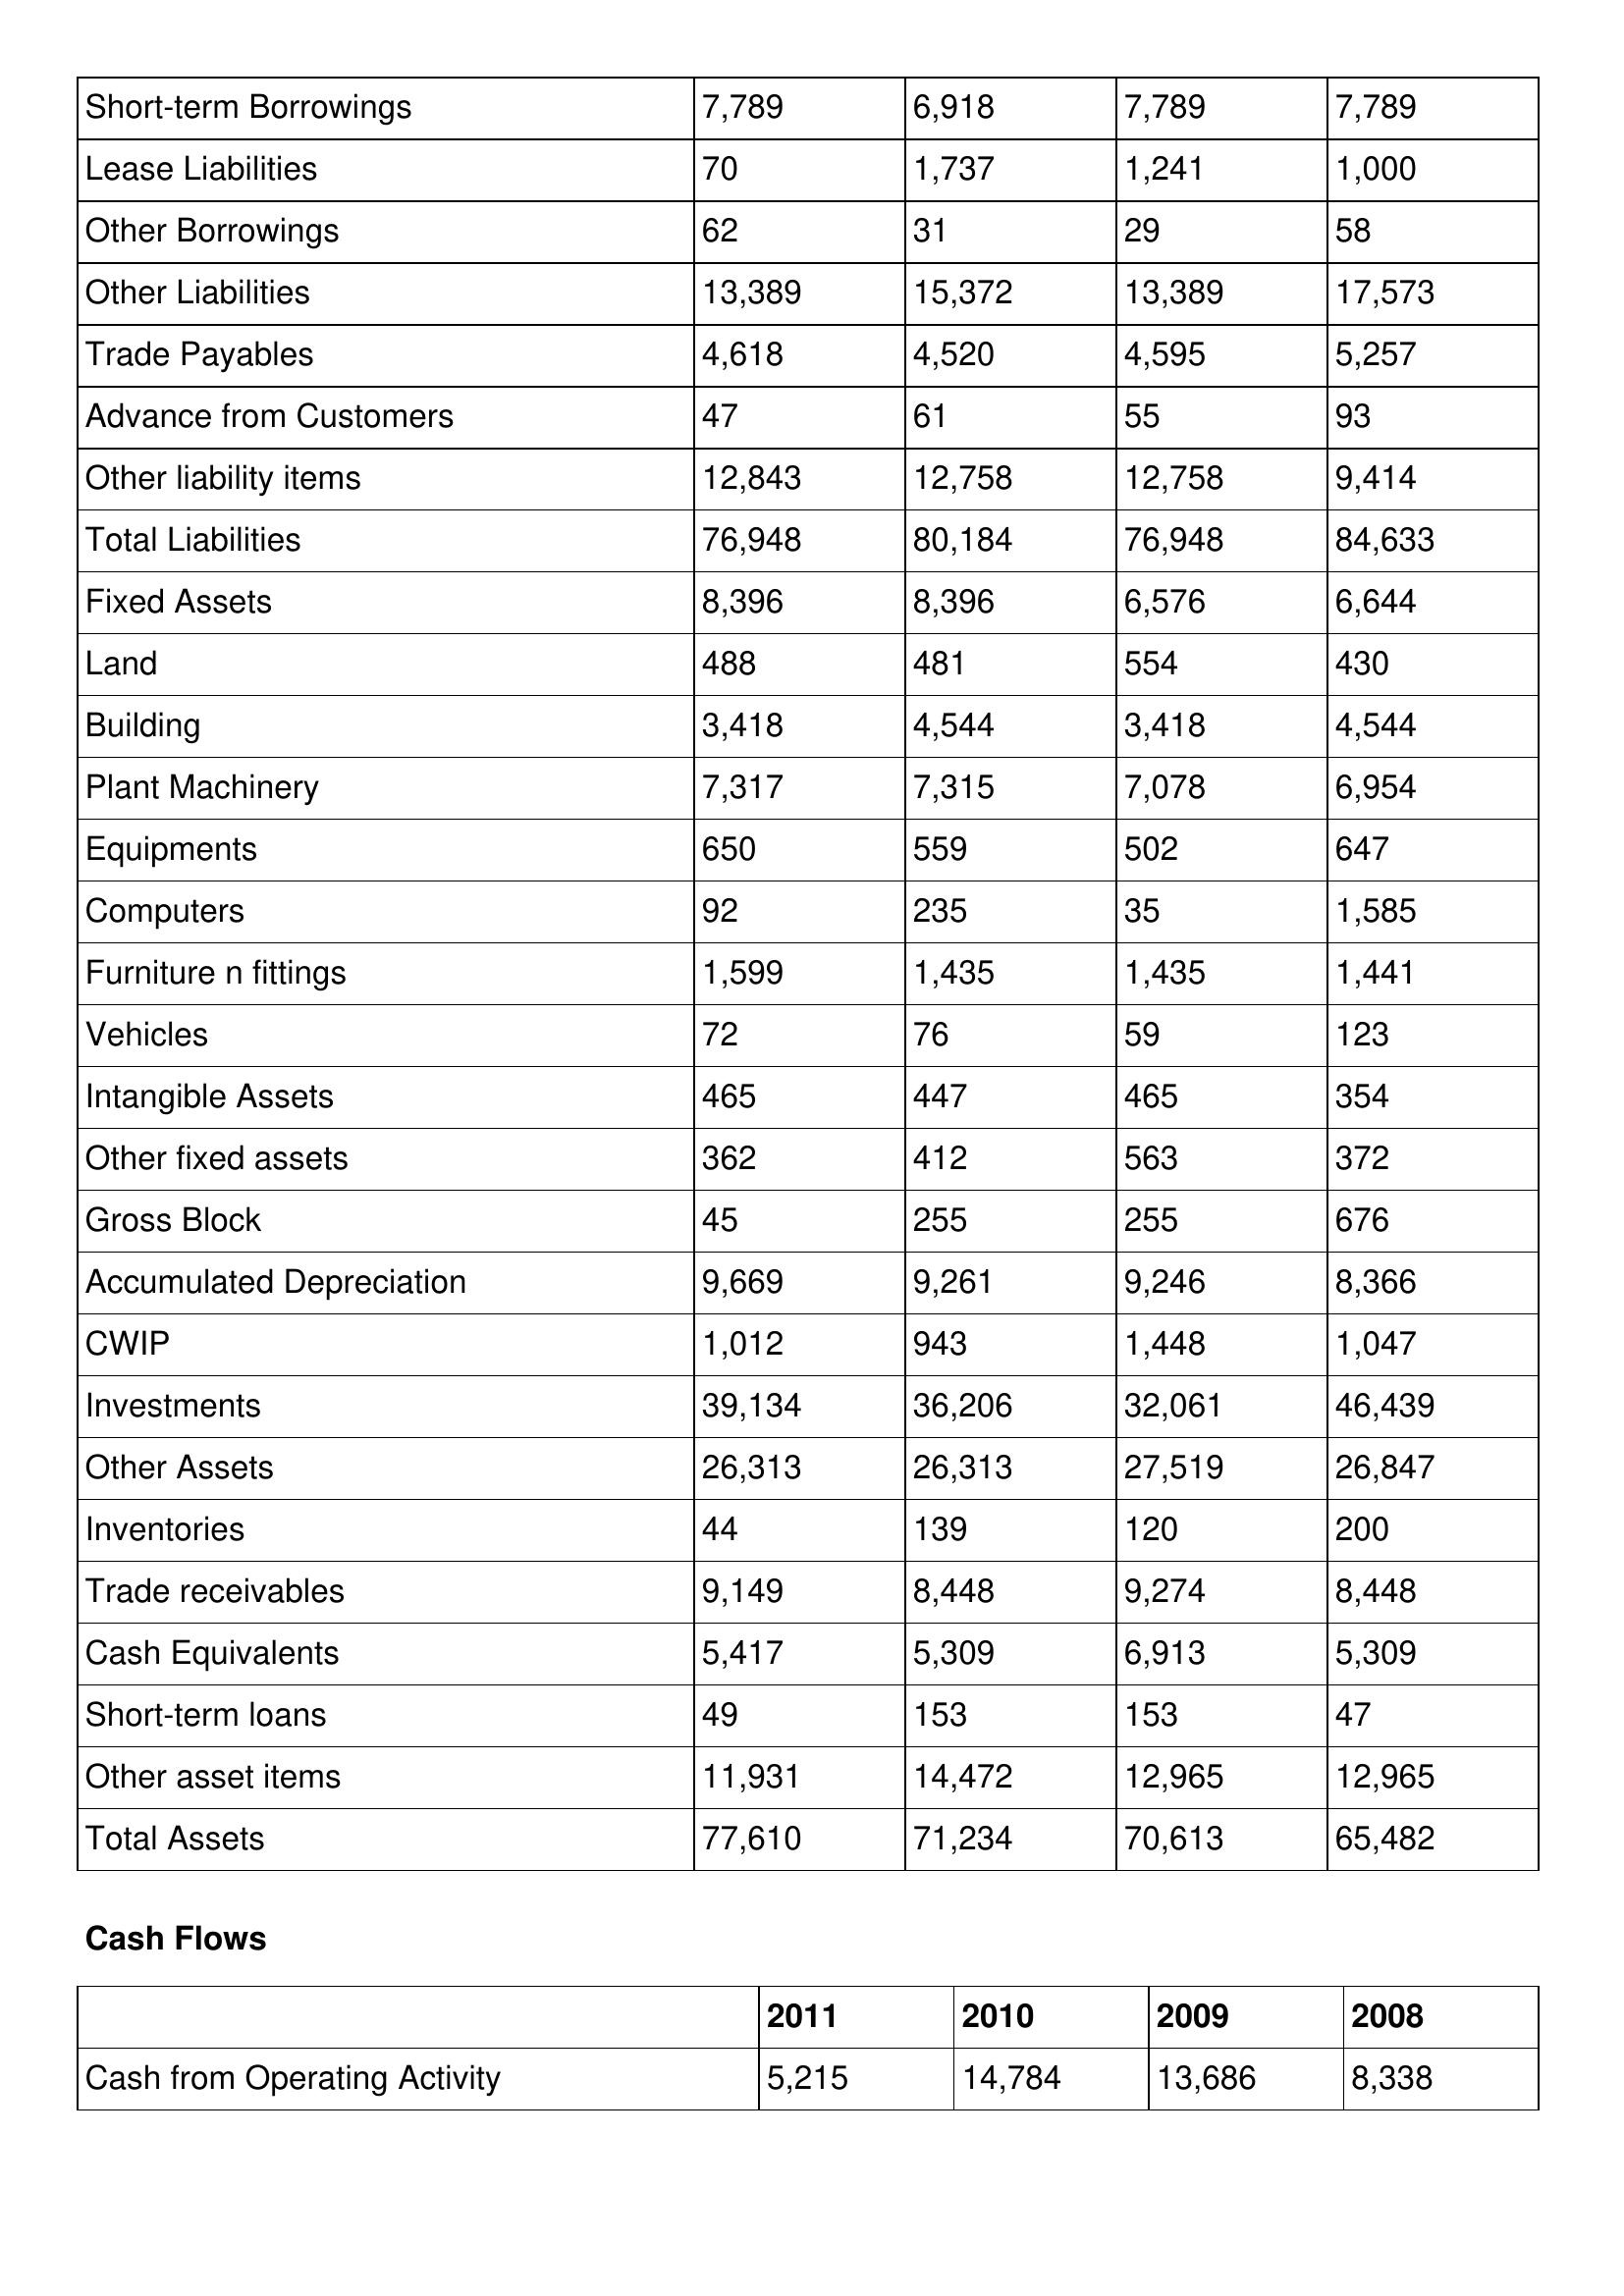
gt_parse: 2011: Balance Sheet: Short-term Borrowings: 7,789
Lease Liabilities: 70
Other Borrowings: 62
Other Liabilities: 13,389
Trade Payables: 4,618
Advance from Customers: 47
Other liability items: 12,843
Total Liabilities: 76,948
Fixed Assets: 8,396
Land: 488
Building: 3,418
Plant Machinery: 7,317
Equipments: 650
Computers: 92
Furniture n fittings: 1,599
Vehicles: 72
Intangible Assets: 465
Other fixed assets: 362
Gross Block: 45
Accumulated Depreciation: 9,669
CWIP: 1,012
Investments: 39,134
Other Assets: 26,313
Inventories: 44
Trade receivables: 9,149
Cash Equivalents: 5,417
Short-term loans: 49
Other asset items: 11,931
Total Assets: 77,610
Cash Flows: Cash from Operating Activity: 5,215
2010: Balance Sheet: Short-term Borrowings: 6,918
Lease Liabilities: 1,737
Other Borrowings: 31
Other Liabilities: 15,372
Trade Payables: 4,520
Advance from Customers: 61
Other liability items: 12,758
Total Liabilities: 80,184
Fixed Assets: 8,396
Land: 481
Building: 4,544
Plant Machinery: 7,315
Equipments: 559
Computers: 235
Furniture n fittings: 1,435
Vehicles: 76
Intangible Assets: 447
Other fixed assets: 412
Gross Block: 255
Accumulated Depreciation: 9,261
CWIP: 943
Investments: 36,206
Other Assets: 26,313
Inventories: 139
Trade receivables: 8,448
Cash Equivalents: 5,309
Short-term loans: 153
Other asset items: 14,472
Total Assets: 71,234
Cash Flows: Cash from Operating Activity: 14,784
2009: Balance Sheet: Short-term Borrowings: 7,789
Lease Liabilities: 1,241
Other Borrowings: 29
Other Liabilities: 13,389
Trade Payables: 4,595
Advance from Customers: 55
Other liability items: 12,758
Total Liabilities: 76,948
Fixed Assets: 6,576
Land: 554
Building: 3,418
Plant Machinery: 7,078
Equipments: 502
Computers: 35
Furniture n fittings: 1,435
Vehicles: 59
Intangible Assets: 465
Other fixed assets: 563
Gross Block: 255
Accumulated Depreciation: 9,246
CWIP: 1,448
Investments: 32,061
Other Assets: 27,519
Inventories: 120
Trade receivables: 9,274
Cash Equivalents: 6,913
Short-term loans: 153
Other asset items: 12,965
Total Assets: 70,613
Cash Flows: Cash from Operating Activity: 13,686
2008: Balance Sheet: Short-term Borrowings: 7,789
Lease Liabilities: 1,000
Other Borrowings: 58
Other Liabilities: 17,573
Trade Payables: 5,257
Advance from Customers: 93
Other liability items: 9,414
Total Liabilities: 84,633
Fixed Assets: 6,644
Land: 430
Building: 4,544
Plant Machinery: 6,954
Equipments: 647
Computers: 1,585
Furniture n fittings: 1,441
Vehicles: 123
Intangible Assets: 354
Other fixed assets: 372
Gross Block: 676
Accumulated Depreciation: 8,366
CWIP: 1,047
Investments: 46,439
Other Assets: 26,847
Inventories: 200
Trade receivables: 8,448
Cash Equivalents: 5,309
Short-term loans: 47
Other asset items: 12,965
Total Assets: 65,482
Cash Flows: Cash from Operating Activity: 8,338